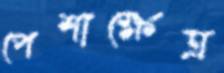
পেশাক্ষেত্র